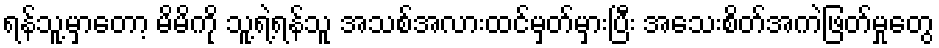
ရန်သူ့မှာတော့ မိမိကို သူ့ရဲ့ရန်သူ အသစ်အလားထင်မှတ်မှားပြီး အသေးစိတ်အကဲဖြတ်မှုတွေ